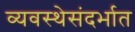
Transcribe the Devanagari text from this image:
व्यवस्थेसंदर्भात